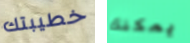
خطيبتك يمكنك